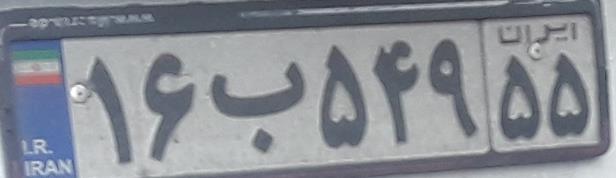
۱۶ب۵۴۹۵۵